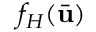
f _ { H } ( \bar { \mathbf { u } } )